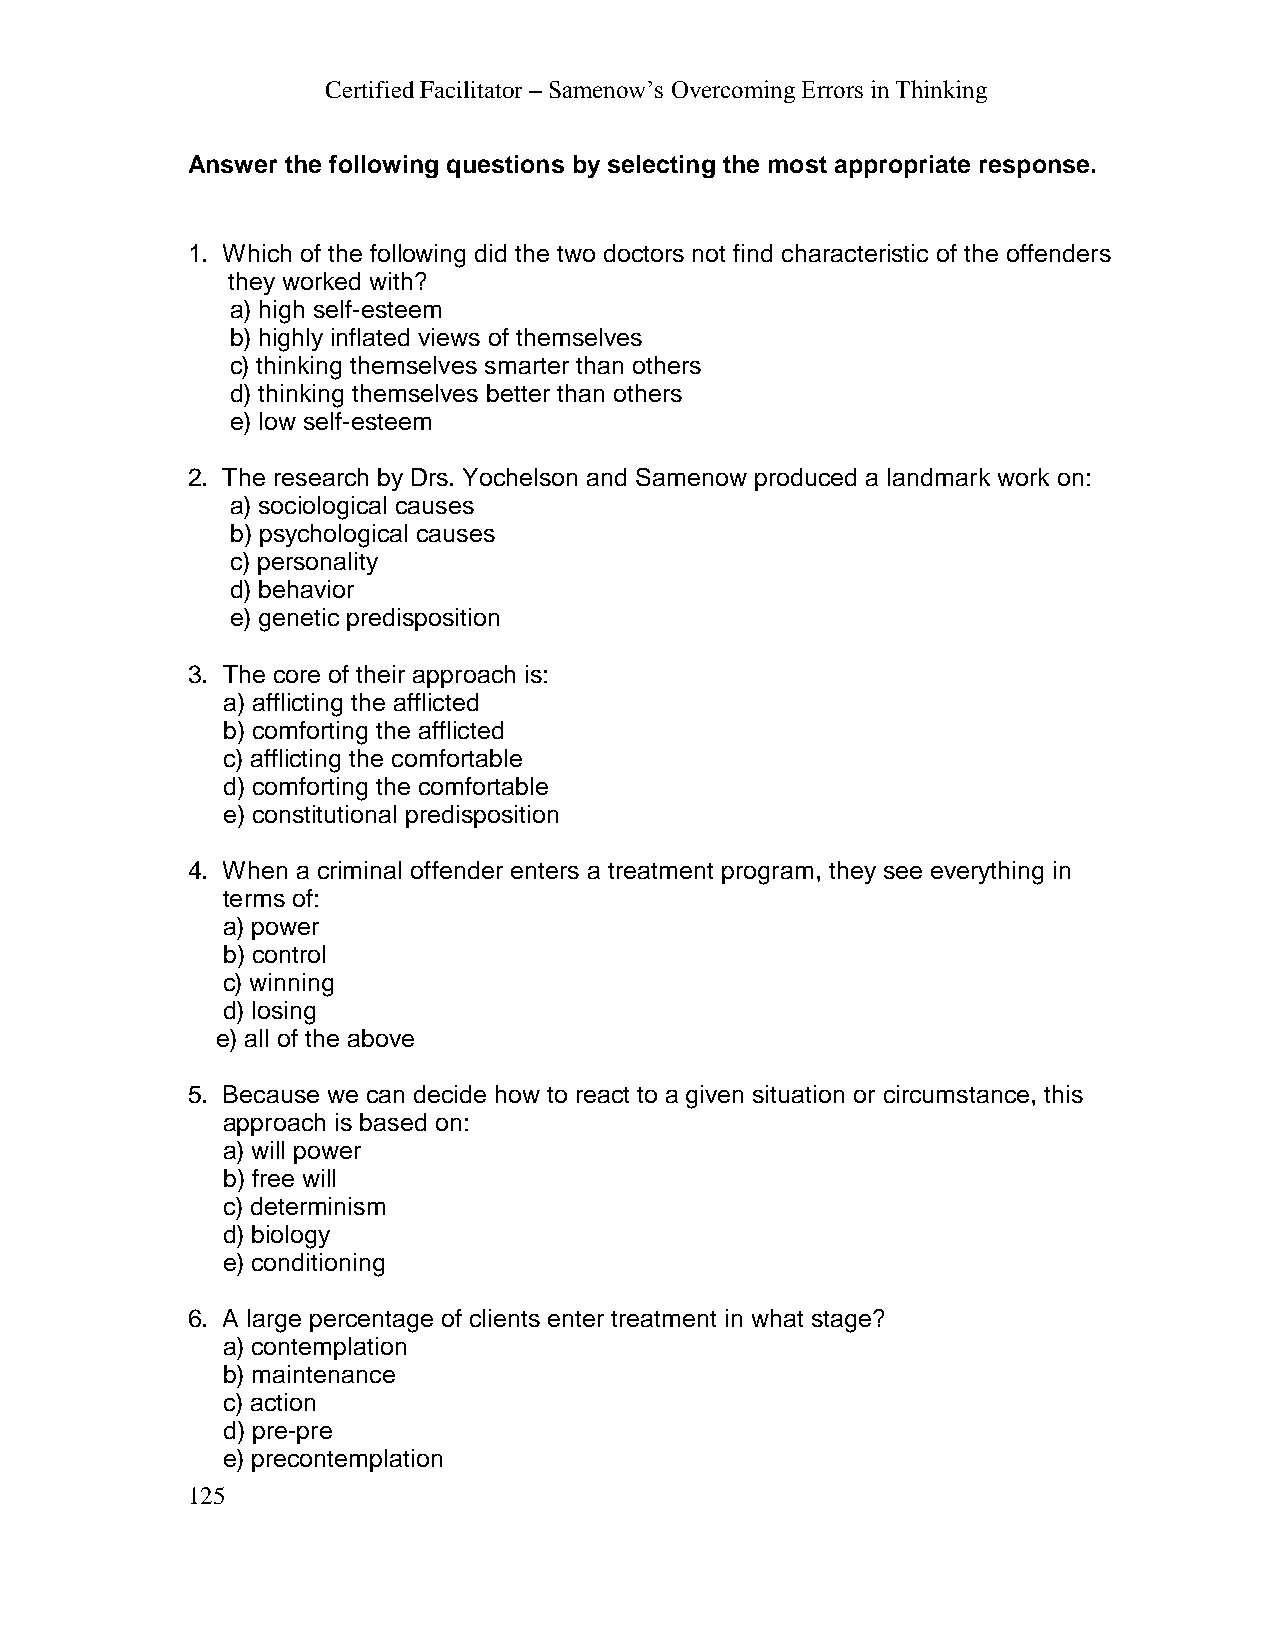
Certified Facilitator – Samenow’s Overcoming Errors in Thinking
 Answer the following questions by selecting the most appropriate response.
 1. Which of the following did the two doctors not find characteristic of the offenders
 they worked with?
 a) high self-esteem
 b) highly inflated views of themselves
 c) thinking themselves smarter than others
 d) thinking themselves better than others
 e) low self-esteem
 2. The research by Drs. Yochelson and Samenow produced a landmark work on:
 a) sociological causes
 b) psychological causes
 c) personality
 d) behavior
 e) genetic predisposition
 3. The core of their approach is:
 a) afflicting the afflicted
 b) comforting the afflicted
 c) afflicting the comfortable
 d) comforting the comfortable
 e) constitutional predisposition
 4. When a criminal offender enters a treatment program, they see everything in
 terms of:
 a) power
 b) control
 c) winning
 d) losing
 e) all of the above
 5. Because we can decide how to react to a given situation or circumstance, this
 approach is based on:
 a) will power
 b) free will
 c) determinism
 d) biology
 e) conditioning
 6. A large percentage of clients enter treatment in what stage?
 a) contemplation
 b) maintenance
 c) action
 d) pre-pre
 e) precontemplation
 125